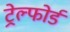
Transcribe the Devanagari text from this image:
ट्रेल्फोर्ड